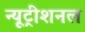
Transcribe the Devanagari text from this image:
न्यूट्रीशनल